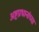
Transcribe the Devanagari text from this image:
अष्टप्रधानांच्या